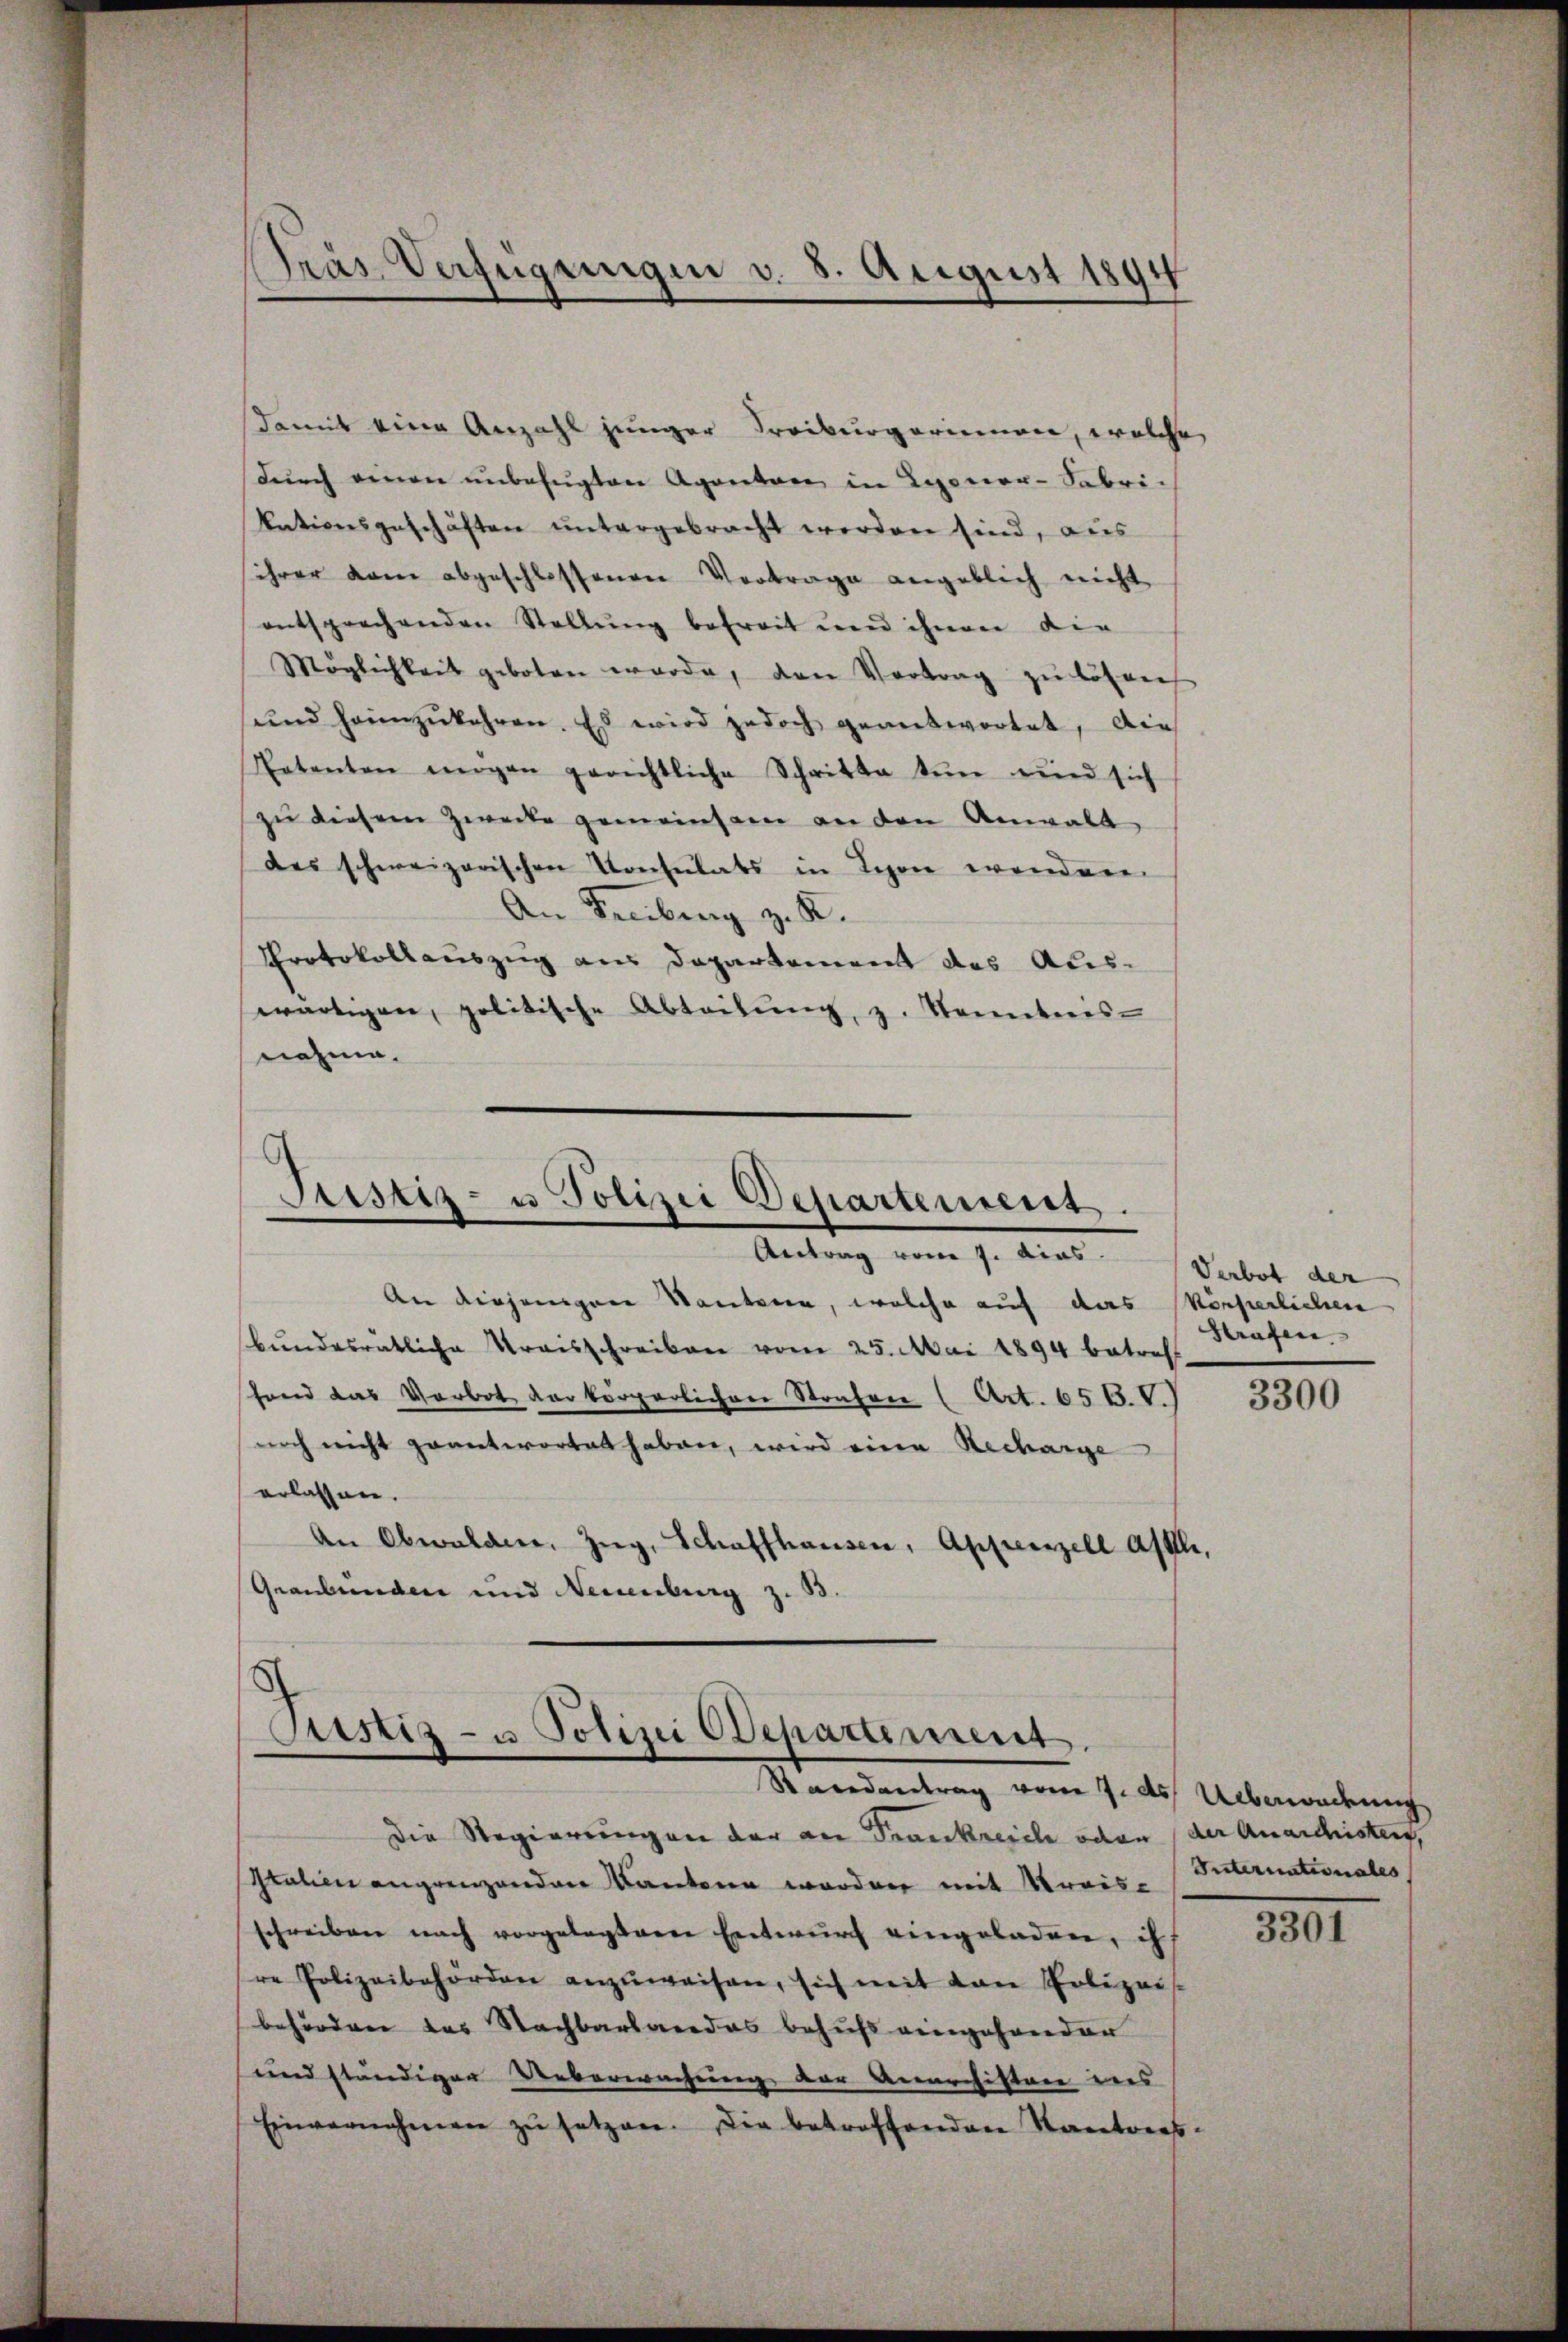
Präs. Verfügungen v. 8. August 1894

damit eine Anzahl junger Treiburgerienen, welche
dŭrch einen ŭnbefŭgten Agenten in Lyoner-Fabric
kationsgeschäften untergebracht werden sind, aus
ihrer kam abgeschlossenen Vortrage angeblich nicht
entsprechenden Stellŭng befreit und ihnen die
Möglichkeit geboten werde, den Vortrag zu lösen
ŭnd heimzukehren. Es wird jedoch geantwortet, die
Petenten mögen gerichtliche Schritte tun und sich
zu diesem Zwecke gemeinsam an den Anwalt
des schweizerischen Konsulats in Leon wander
An Freiburg z. R.
Protokollauszug aus Departement des Aus-
wärtigen, politische Abteilŭng, z. Sonntens
nahme.

Justiz- u Polizei Departement.
Antrag vom 7. dias.

Giseis- u Polizei Departement.
Randantrag vom 7. ds. Ueberwachung

An diejenigen Kantone, welche auf das körperlichen
bŭndesratliche Kraisschreiben vom 25. Mai 1894 betref
fond das Verbot der körperlichen Strafen (Art. 656. V.
noch nicht geantwortet haben, wird eine Recharge
erlassen.
An Obwalden, Zug, Schaffhausen, Appenzell alle,
Graubünden und Neuenburg z. 33.

Verbot der
Strafen.

Die Regierungen der an Frankreiche oder (der Anarchister,
Italien angrenzenden Kantone worden mit Kreisschreiben nach vorgelassene Entwurf eingeladen, ih
re Polizeibehörden anzŭweisen, sich mit von Polizei
behörden des Nachbarbandes behufs eingesonder
und ständiger Ueberwachung der Anarchisten ins
Einvernehmen zŭ setzen. Die betroffenden Kantons-

3300

Internationales
3301